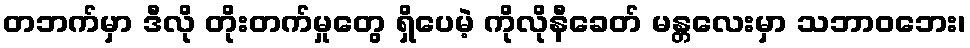
တဘက်မှာ ဒီလို တိုးတက်မှုတွေ ရှိပေမဲ့ ကိုလိုနီခေတ် မန္တလေးမှာ သဘာဝဘေး၊